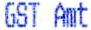
GST AMT